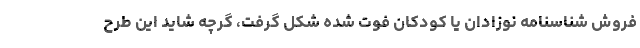
فروش شناسنامه نوزادان يا كودكان فوت ‌شده شكل گرفت، گرچه شايد اين طرح